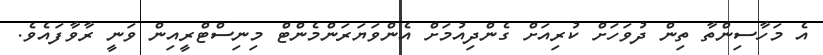
އެ މަހާސިންތާ ތިން ދުވަހަށް ކުރިއަށް ގެންދިއުމަށް އެންވަޔަރަންމެންޓް މިނިސްޓްރީއިން ވަނީ ރާވާފައެވެ.